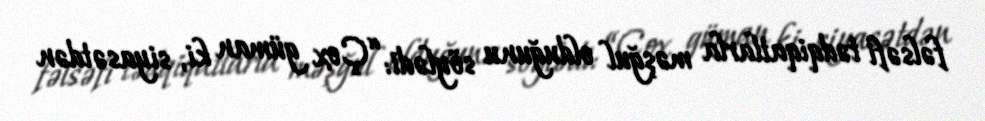
fəlsəfi tədqiqatlarla məşğul olduğunu söylədi: “Çox güman ki, siyasətdən